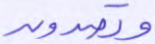
وتصدون